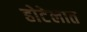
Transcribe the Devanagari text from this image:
होटेलात